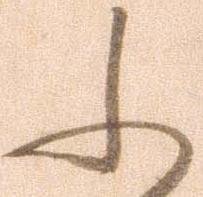
ふ